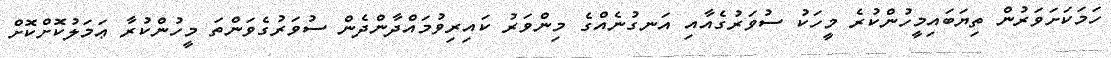
ހަމަކަށަވަރުން ތިޔަބައިމީހުންކުރެ މީހަކު ސުވަރުގެއާއި އަނގުނެއްގެ މިންވަރު ކައިރިވުމައްދާންދެން ސުވަރުގެވަންތަ މީހުންކުރާ ޢަމަލުކޮށްކޮށް